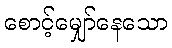
စောင့်မျှော်နေသော